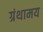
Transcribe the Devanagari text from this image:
ग्रंथामय